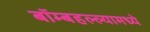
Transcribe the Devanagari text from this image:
बॉम्बहल्ल्यामध्ये